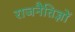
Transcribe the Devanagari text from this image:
राजनैतिज्ञों